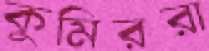
কুমিররা